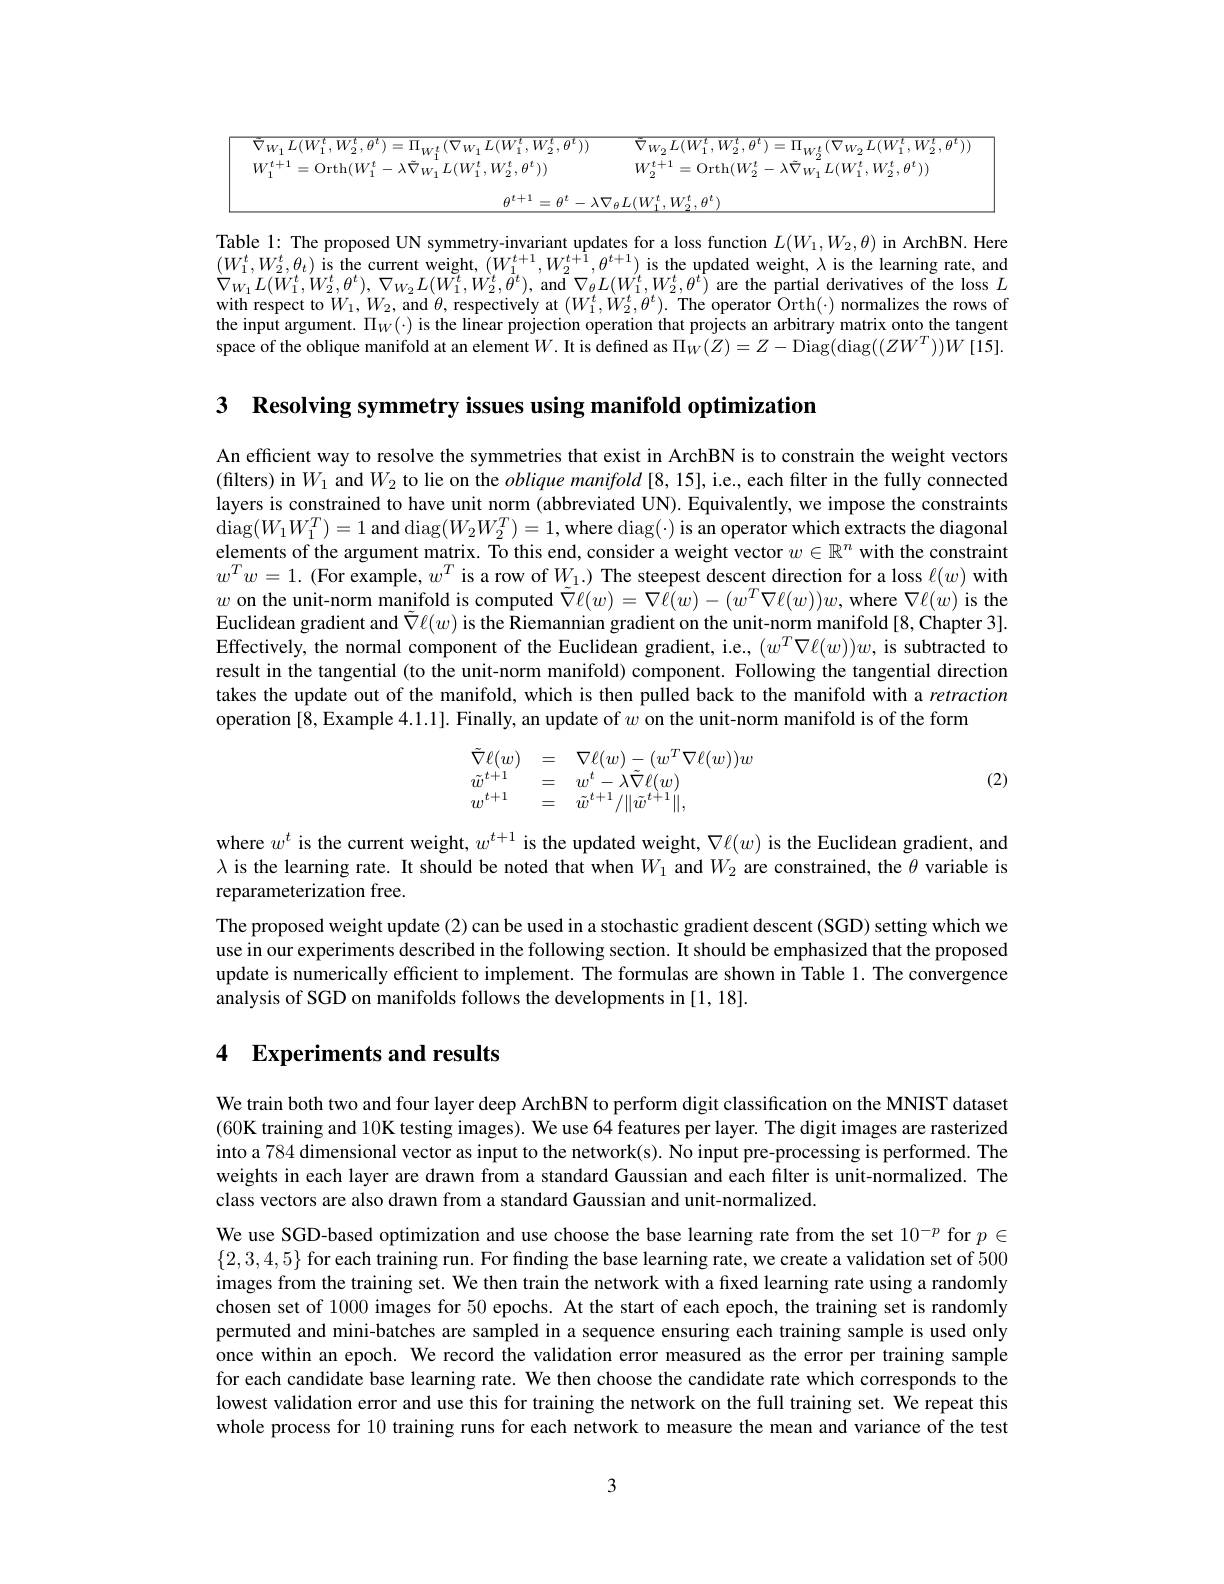
<table>
	<tbody>
		<tr>
			<td>$1W$ $L(W.$</td>
			<td>$W$ $W.$</td>
		</tr>
		<tr>
			<td>$\mu$</td>
			<td>·t $\mathbf{I}_{X}\gamma\boldsymbol{l}+\boldsymbol{l}$ $W$ TATL $\theta^{\boldsymbol{L}}$</td>
		</tr>
	</tbody>
</table>

Table 1: The proposed UN symmetry-invariant updates for a loss function $L(W_1,W_2,\theta)$ in ArchBN. Here $(W_{1}^{t},W_{2}^{t},\theta_{t})$ is the current weight, $(W_{1}^{t+1},W_{2}^{t+1},\theta^{t+1})$ is the updated weight, $\lambda$ is the learning rate, and $\nabla_{W_{1}}L(W_{1}^{t},W_{2}^{t},\theta^{t}),\nabla_{W_{2}}L(W_{1}^{t},W_{2}^{t},\tilde{\theta}^{t})$,and$\nabla_{\theta}L(W_{1}^{t},W_{2}^{t},\theta^{t})$ are the partial derivatives of the loss $L$ with respect to $W_1,W_{2}$, and $\theta$, respectively at $(W_1^t,W_2^t,\theta^t).$ The operator Orth(·) normalizes the rows of the input argument. $\Pi_W(\cdot)$ is the linear projection operation that projects an arbitrary matrix onto the tangent space of the oblique manifold at an element $W.$ It is defined as $\Pi_{W}(Z)=Z-$Diag$(\operatorname{diag}((ZW^{T}))W[15].$

3 Resolving symmetry issues using manifold optimization

An efficient way to resolve the symmetries that exist in ArchBN is to constrain the weight vectors (filters) in $W_1$ and $W_2$ to lie on the oblique manifold [8, 15], i.e., each filter in the fully connected layers is constrained to have unit norm (abbreviated UN). Equivalently, we impose the constraints $\operatorname{diag}(W_{1}W_{1}^{T})=1$ and diag$(W_2W_{2}^{T})=1$,where diag$(\cdot)$ is an operator which extracts the diagonal elements of the argument matrix. To this end, consider a weight vector $w\in\mathbb{R}^n$ with the constraint $w^Tw=1.$ (For example, $w^T$ is a row of $W_1.)$ The steepest descent direction for a loss $\ell(w)$ with $w$ on the unit-norm manifold is computed $\tilde{\nabla\ell}(w)=\nabla\tilde{\ell}(w)-(w^T\nabla\ell(w))w$, where $\nabla\ell(w)$ is the Euclidean gradient and $\tilde{\nabla\ell}(w)$ is the Riemannian gradient on the unit-norm manifold [8, Chapter 3]. Effectively, the normal component of the Euclidean gradient, i.e., $(w^T\nabla\ell(w))w$, is subtracted to result in the tangential (to the unit-norm manifold) component. Following the tangential direction takes the update out of the manifold, which is then pulled back to the manifold with a retraction operation [8, Example 4.1.1]. Finally, an update of $w$ on the unit-norm manifold is of the form
$$\begin{array}{lcl}\tilde\nabla\ell(w)&=&\nabla\ell(w)-(w^T\nabla\ell(w))w\\\tilde w^{t+1}&=&w^t-\lambda\tilde\nabla\ell(w)\\w^{t+1}&=&\tilde w^{t+1}/\|\tilde w^{t+1}\|,\end{array}$$
(2)

where $w^t$ is the current weight, $w^t+1$ is the updated weight, $\nabla\ell(w)$ is the Euclidean gradient, and $\lambda$ is the learning rate. It should be noted that when $W_1$ and $W_2$ are constrained, the $\theta$ variable is reparameterization free.
The proposed weight update (2) can be used in a stochastic gradient descent (SGD) setting which we use in our experiments described in the following section. It should be emphasized that the proposed update is numerically efficient to implement. The formulas are shown in Table 1. The convergence analysis of SGD on manifolds follows the developments in [1, 18].

## 4 Experiments and results

We train both two and four layer deep ArchBN to perform digit classification on the MNIST dataset (60K training and 10K testing images). We use 64 features per layer. The digit images are rasterized into a 784 dimensional vector as input to the network(s). No input pre-processing is performed. The weights in each layer are drawn from a standard Gaussian and each filter is unit-normalized. The class vectors are also drawn from a standard Gaussian and unit-normalized.

We use SGD-based optimization and use choose the base learning rate from the set $10^{-p}$ for $p\in$ $\{2,3,4,5\}$ for each training run. For fınding the base learning rate, we create a validation set of 500 images from the training set. We then train the network with a fixed learning rate using a randomly chosen set of 1000 images for 50 epochs. At the start of each epoch, the training set is randomly permuted and mini-batches are sampled in a sequence ensuring each training sample is used only once within an epoch. We record the validation error measured as the error per training sample for each candidate base learning rate. We then choose the candidate rate which corresponds to the lowest validation error and use this for training the network on the full training set. We repeat this whole process for 10 training runs for each network to measure the mean and variance of the test

3